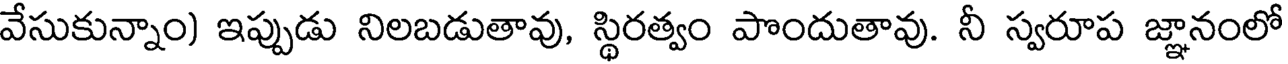
వేసుకున్నాం) ఇప్పుడు నిలబడుతావు, స్థిరత్వం పొందుతావు. నీ స్వరూప జ్ఞానంలో